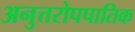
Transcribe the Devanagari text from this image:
अनुत्तरोपपातिक